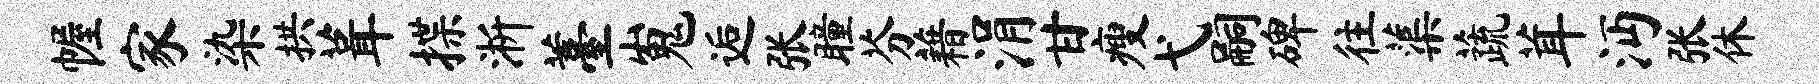
幄家染拱葺揲淅薹嵬逅张瞳芬藉涓甘瘦弋嗣碑往蕖蔬茸沔张休